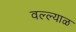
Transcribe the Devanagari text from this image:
वल्ल्याळ